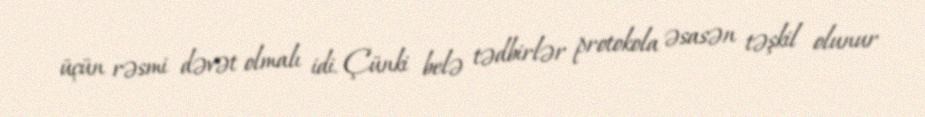
üçün rəsmi dəvət olmalı idi. Çünki belə tədbirlər protokola əsasən təşkil olunur